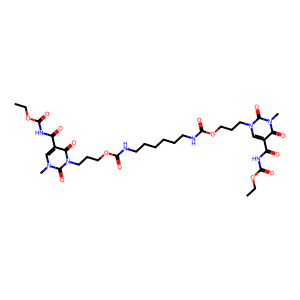
SMILES: CCOC(=O)NC(=O)c1cn(CCCOC(=O)NCCCCCCNC(=O)OCCCn2c(=O)c(C(=O)NC(=O)OCC)cn(C)c2=O)c(=O)n(C)c1=O
Inhibits HIV replication: No